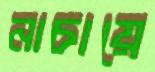
নাচায়ে